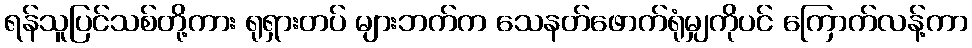
ရန်သူပြင်သစ်တို့ကား ရုရှားတပ် များဘက်က သေနတ်ဖောက်ရုံမျှကိုပင် ကြောက်လန့်ကာ